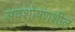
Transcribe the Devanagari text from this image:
अवशोषणशील